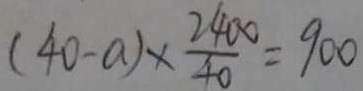
( 4 0 - a ) \times \frac { 2 4 0 0 } { 4 0 } = 9 0 0